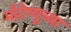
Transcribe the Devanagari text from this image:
माँटेग्यूच्या